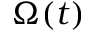
\Omega ( t )